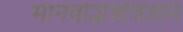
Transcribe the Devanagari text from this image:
मानवोद्भवविज्ञान